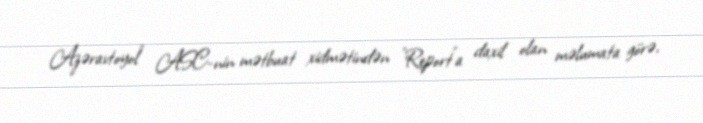
Azəravtoyol" ASC-nin mətbuat xidmətindən "Report"a daxil olan məlumata görə,